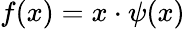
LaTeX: f(x)=x\cdot\psi(x)